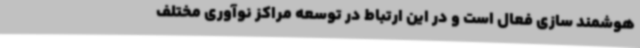
هوشمند سازی فعال است و در این ارتباط در توسعه مراکز نوآوری مختلف